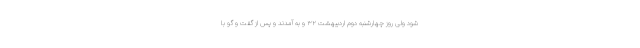
شود ولی روز چهارشنبه دوم اردیبهشت ۳۲ و به آمدند و پس از گفت و گو با